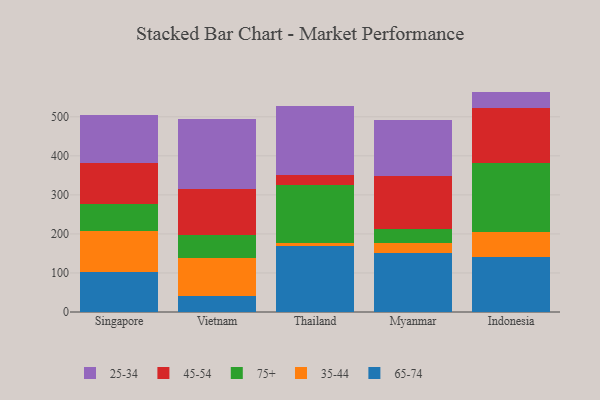
{"axis": {"x": "Country", "y": "Budget (USD K)"}, "legend": ["25-34", "35-44", "45-54", "65-74", "75+"], "data": [{"x": "Singapore", "y": 102.4, "type": "65-74"}, {"x": "Singapore", "y": 105.2, "type": "35-44"}, {"x": "Singapore", "y": 68.2, "type": "75+"}, {"x": "Singapore", "y": 105.2, "type": "45-54"}, {"x": "Singapore", "y": 123.7, "type": "25-34"}, {"x": "Vietnam", "y": 40.9, "type": "65-74"}, {"x": "Vietnam", "y": 96.8, "type": "35-44"}, {"x": "Vietnam", "y": 60.3, "type": "75+"}, {"x": "Vietnam", "y": 117.0, "type": "45-54"}, {"x": "Vietnam", "y": 178.8, "type": "25-34"}, {"x": "Thailand", "y": 169.4, "type": "65-74"}, {"x": "Thailand", "y": 7.5, "type": "35-44"}, {"x": "Thailand", "y": 149.3, "type": "75+"}, {"x": "Thailand", "y": 25.3, "type": "45-54"}, {"x": "Thailand", "y": 176.0, "type": "25-34"}, {"x": "Myanmar", "y": 151.8, "type": "65-74"}, {"x": "Myanmar", "y": 23.9, "type": "35-44"}, {"x": "Myanmar", "y": 37.0, "type": "75+"}, {"x": "Myanmar", "y": 136.9, "type": "45-54"}, {"x": "Myanmar", "y": 142.9, "type": "25-34"}, {"x": "Indonesia", "y": 140.0, "type": "65-74"}, {"x": "Indonesia", "y": 64.2, "type": "35-44"}, {"x": "Indonesia", "y": 177.4, "type": "75+"}, {"x": "Indonesia", "y": 142.2, "type": "45-54"}, {"x": "Indonesia", "y": 40.8, "type": "25-34"}]}